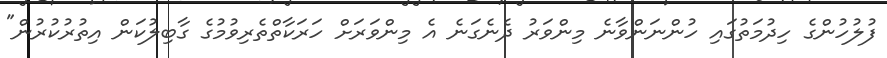
ފުލުހުންގެ ހިދުމަތުގައި ހުންނަންވާނެ މިންވަރު ދެނެގަނެ އެ މިންވަރަށް ހަރަކާތްތެރިވުމުގެ ގާބިލުކަން އިތުރުކުރުން"